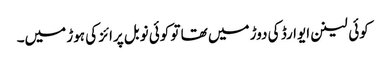
کوئی لینن ایوارڈ کی دوڑ میں تھا تو کوئی نوبل پرائز کی ہوڑ میں۔